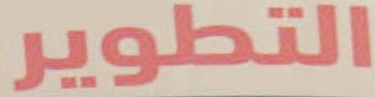
التطوير